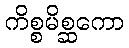
ကိစ္စမိစ္ဆကော